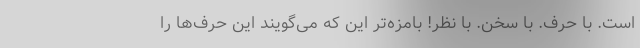
است. با حرف. با سخن. با نظر! بامزه‌تر این که می‌گویند این حرف‌ها را